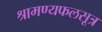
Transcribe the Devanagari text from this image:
श्रामण्यफलसूत्र